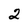
Character: 2